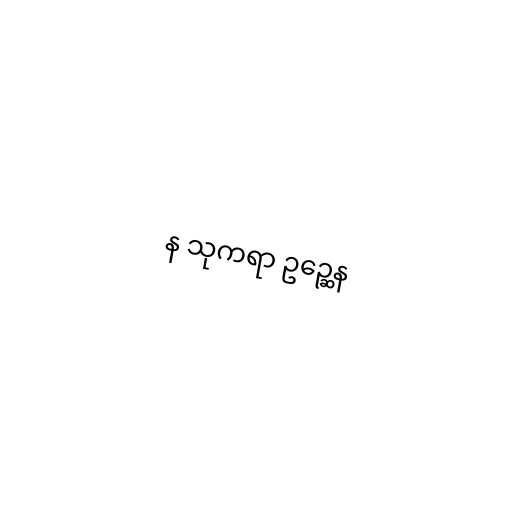
န သုကရာ ဥဉ္ဆေန